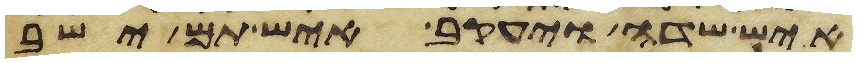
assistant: איש שדה ויעקב איש תם ישב